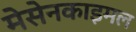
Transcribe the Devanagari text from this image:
मेसेनकाइमल